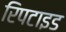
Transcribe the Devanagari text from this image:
रिपटाइड